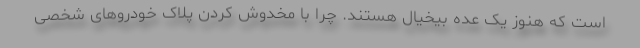
است که هنوز یک عده بیخیال هستند. چرا با مخدوش کردن پلاک خودروهای شخصی